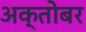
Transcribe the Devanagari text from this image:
अक्तोबर